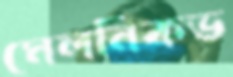
মেলনিকভ